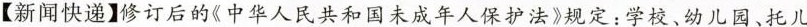
【新闻快递】修订后的《中华人民共和国未成年人保护法》规定：学校、幼儿园、托儿